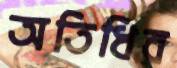
অতিধির